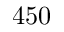
4 5 0